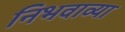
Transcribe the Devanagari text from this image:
निभवाव्या